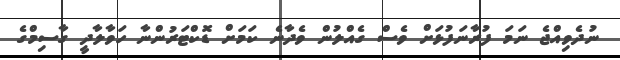
ނުދެވިއްޖެ ނަމަ ފުރާނަފުޅަށް ވެސް ގެއްލުން ވެދާނެ ކަމަށް ޑޮކްޓަރުންނާ ހަވާލާދީ ގާސިމްގެ